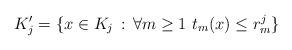
LaTeX: \begin{align*}K'_j=\{x\in K_j \,:\, \forall m\ge 1 \ t_{m}(x)\le r^j_m\}\end{align*}